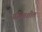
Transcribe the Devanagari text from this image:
प्रगितशील